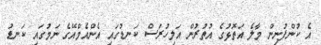
އެ ކުންފުނިން މާލެ އަތޮޅުގެ އުތުރުން އަލިހުރަސް ކަނޑުގައި އެންއެމްއޭގެ ނަމުގައި ކަނޑު